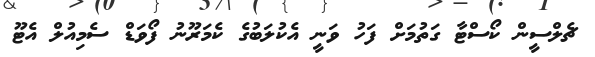
ޗެލްސީން ކޯސްޓާ ގަތުމަށް ފަހު ވަނީ އެކުލަބުގެ ކެމަރޫނު ފޯވަޑް ސެމިއުލް އެޓޫ